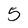
Character: 5